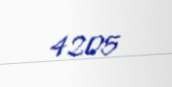
4205